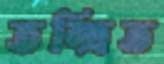
তন্দ্রিত